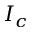
I _ { c }